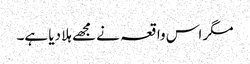
مگر اس واقعہ نے مجھے ہلا دیا ہے۔